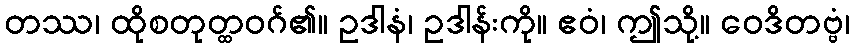
တဿ၊ ထိုစတုတ္ထဝဂ်၏။ ဥဒါနံ၊ ဥဒါန်းကို။ ဧဝံ၊ ဤသို့။ ဝေဒိတဗ္ဗံ၊